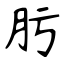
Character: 肟